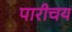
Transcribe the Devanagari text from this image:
पारीचय